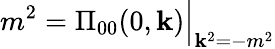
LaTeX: m^{2}=\Pi_{00}(0,\mathbf{k})\Big|_{\mathbf{k}^{2}=-m^{2}}